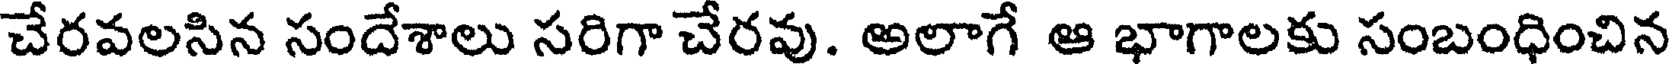
చేరవలసిన సందేశాలు సరిగా చేరవు. అలాగే ఆ భాగాలకు సంబంధించిన